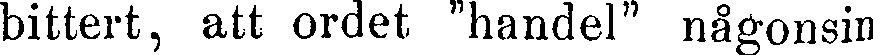
bittert, att ordet "handel" någonsin